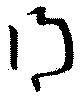
得